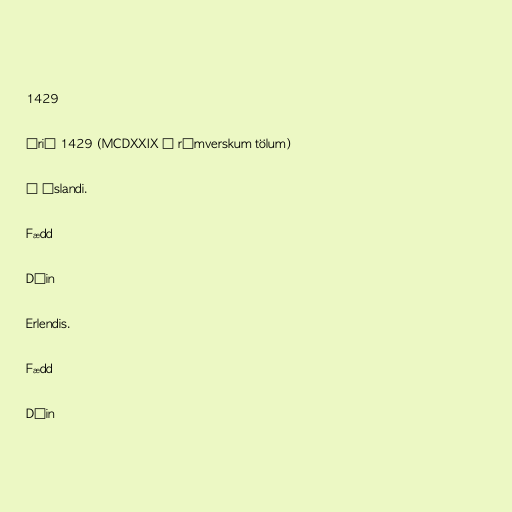
1429

Árið 1429 (MCDXXIX í rómverskum tölum)

Á Íslandi.

Fædd

Dáin

Erlendis.

Fædd

Dáin